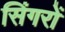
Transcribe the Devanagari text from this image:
सिंगरों